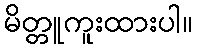
မိတ္တူကူးထားပါ။